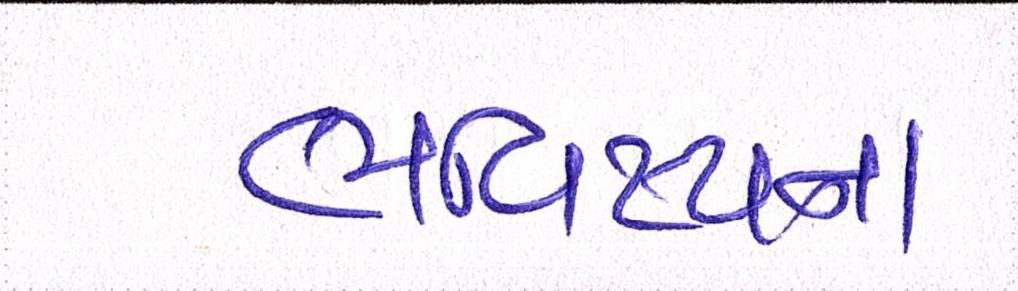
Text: ભવિષ્યના